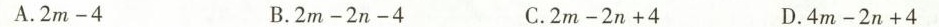
A.2m-4 B.2m-2n-4 C.2m-2n+4 D.4m-2n+4